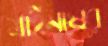
মাইনষের